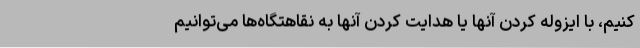
کنیم، با ایزوله کردن آنها یا هدایت کردن آنها به نقاهتگاه‌ها می‌توانیم